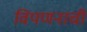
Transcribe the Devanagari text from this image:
विपणनाची